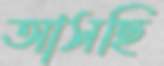
আসছি